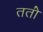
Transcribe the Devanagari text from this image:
ततो॑